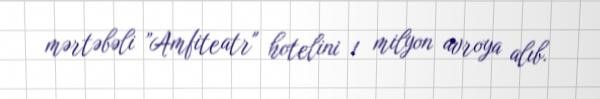
mərtəbəli ”Amfiteatr" hotelini 1 milyon avroya alıb.